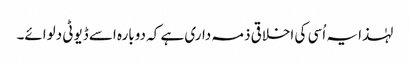
لہٰذا یہ اُسی کی اخلاقی ذمہ داری ہے کہ دوبارہ اسے ڈیوٹی دلوائے۔